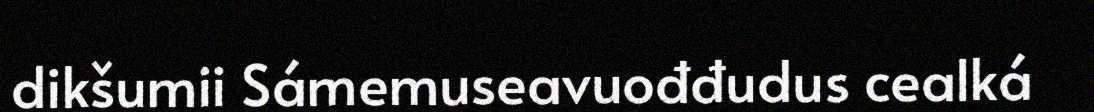
dikšumii Sámemuseavuođđudus cealká